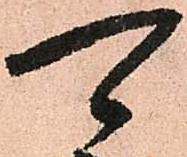
可